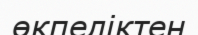
өкпеліктен